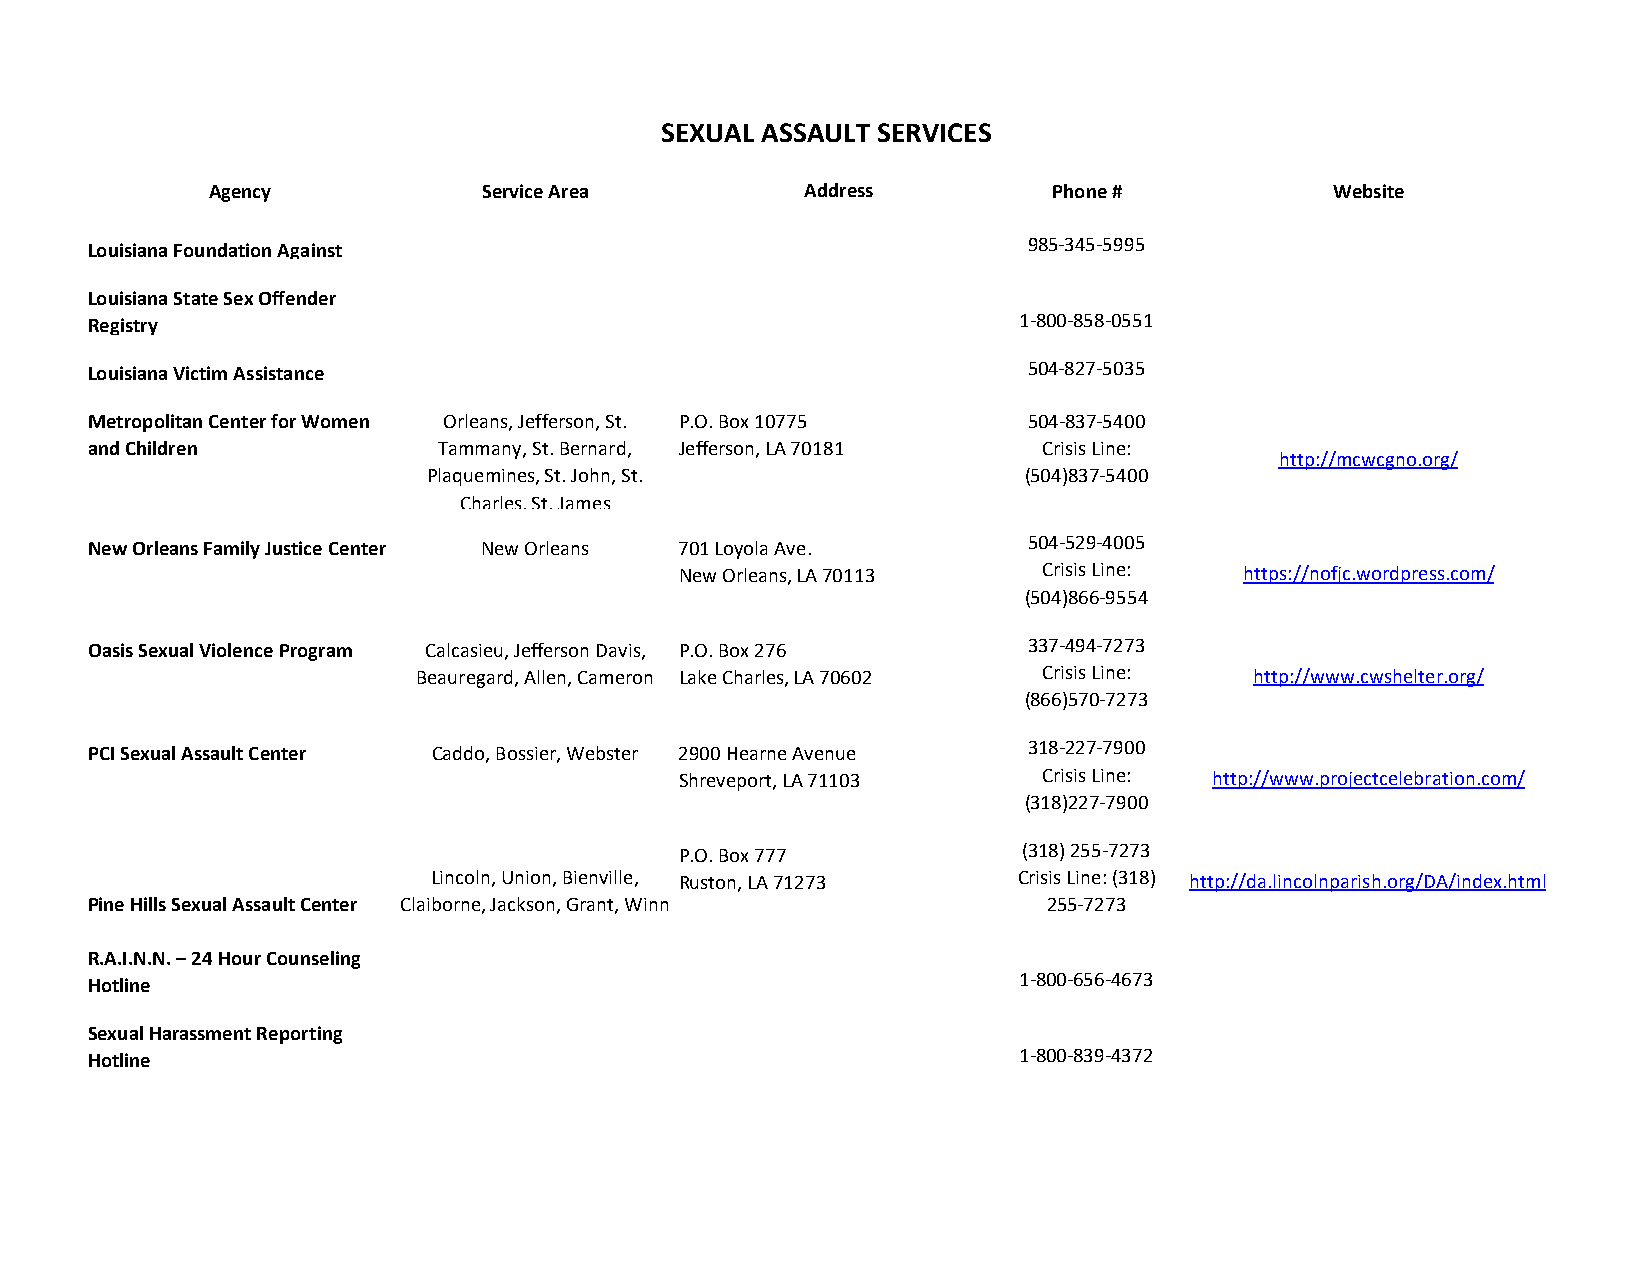
SEXUAL ASSAULT SERVICES
 Agency            Service Area         Address          Phone #           Website
 Louisiana Foundation Against                                  985-345-5995
 Louisiana State Sex Offender
 Registry                                                     1-800-858-0551
 Louisiana Victim Assistance                                   504-827-5035
 Metropolitan Center for Women Orleans, Jefferson, St. P.O. Box 10775 504-837-5400
 and Children           Tammany, St. Bernard, Jefferson, LA 70181 Crisis Line:
 http://mcwcgno.org/
 Plaquemines, St. John, St.              (504)837-5400
 Charles, St. James
 New Orleans Family Justice Center New Orleans 701 Loyola Ave. 504-529-4005
 New Orleans, LA 70113   Crisis Line: https://nofjc.wordpress.com/
 (504)866-9554
 Oasis Sexual Violence Program Calcasieu, Jefferson Davis, P.O. Box 276 337-494-7273
 Beauregard, Allen, Cameron Lake Charles, LA 70602 Crisis Line: http://www.cwshelter.org/
 (866)570-7273
 PCI Sexual Assault Center Caddo, Bossier, Webster 2900 Hearne Avenue 318-227-7900
 Shreveport, LA 71103    Crisis Line: http://www.projectcelebration.com/
 (318)227-7900
 P.O. Box 777           (318) 255-7273
 Lincoln, Union, Bienville, Ruston, LA 71273 Crisis Line: (318) http://da.lincolnparish.org/DA/index.html
 Pine Hills Sexual Assault Center Claiborne, Jackson, Grant, Winn 255-7273
 R.A.I.N.N. – 24 Hour Counseling
 Hotline                                                      1-800-656-4673
 Sexual Harassment Reporting
 Hotline                                                      1-800-839-4372